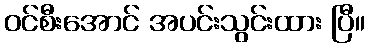
ဝင်စီးအောင် အပင်းသွင်းထား ပြီ။